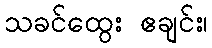
သခင်ထွေး ဧချင်း၊